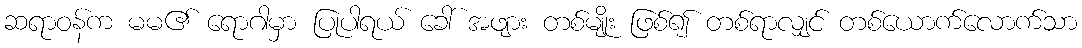
ဆရာဝန်က မမ၏ ရောဂါမှာ ပြုပါရယ် ခေါ် အဖျား တစ်မျိုး ဖြစ်၍ တစ်ရာလျှင် တစ်ယောက်လောက်သာ